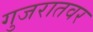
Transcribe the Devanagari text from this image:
गुजरातवर